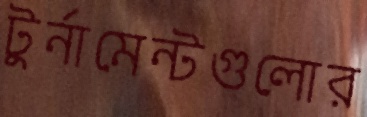
টুর্নামেন্টগুলোর